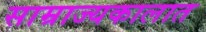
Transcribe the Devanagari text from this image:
साम्राज्यकालात